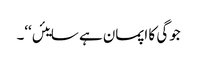
جوگی کا اپمان ہے سایئں‘‘۔